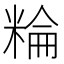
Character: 𥺽